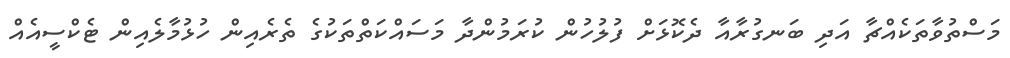
މަސްތުވާތަކެއްޗާ އަދި ބަނގުރާއާ ދެކޮޅަށް ފުލުހުން ކުރަމުންދާ މަސައްކަތްތަކުގެ ތެރެއިން ހުޅުމާލެއިން ޓެކްސީއެއް